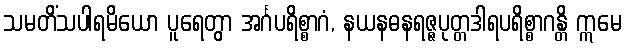
သမတိံသပါရမိယော ပူရေတွာ အင်္ဂပရိစ္စာဂံ, နယနဓနရဇ္ဇပုတ္တဒါရပရိစ္စာဂန္တိ ဣမေ